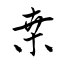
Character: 桑